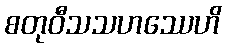
စတုဝီသသဟဿေဟိ